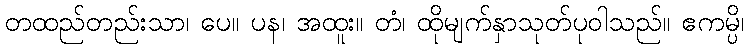
တထည်တည်းသာ၊ ပေ။ ပန၊ အထူး။ တံ၊ ထိုမျက်နှာသုတ်ပုဝါသည်။ ဧကမ္ပိ၊